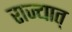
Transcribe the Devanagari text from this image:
राज्यात्